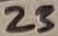
Text: 23